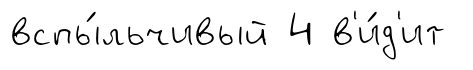
вспы́льчивый 4 в'и́д'ит